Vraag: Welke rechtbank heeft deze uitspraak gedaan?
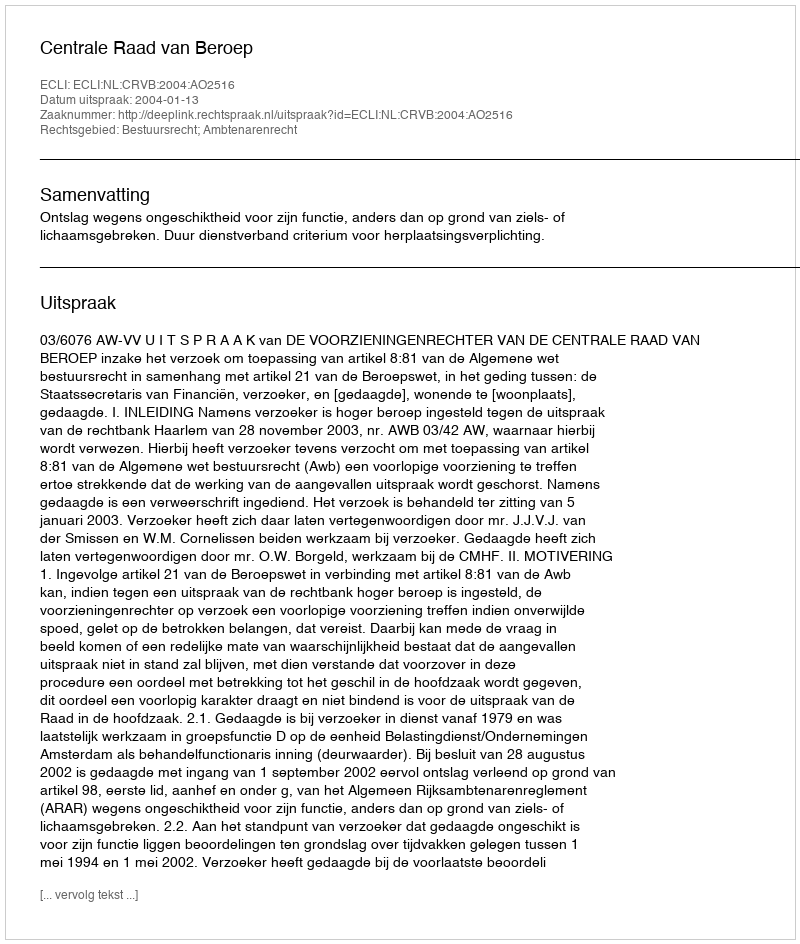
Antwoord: Centrale Raad van Beroep